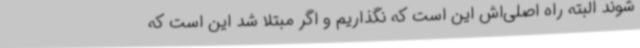
شوند البته راه اصلی‌اش این است که نگذاریم و اگر مبتلا شد این است که